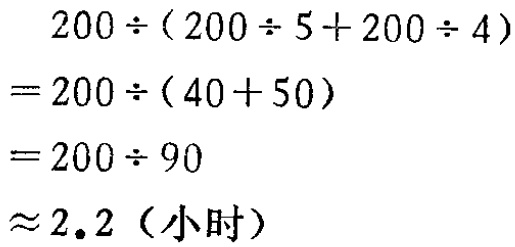
\[

\begin{align*}

&200\div(200\div5 + 200\div4)\\

=&200\div(40 + 50)\\

=&200\div90\\

\approx&2.2 (\text{小时})

\end{align*}

\]